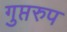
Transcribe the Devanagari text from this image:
गुप्तरुप